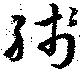
殘